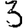
Digit: 3